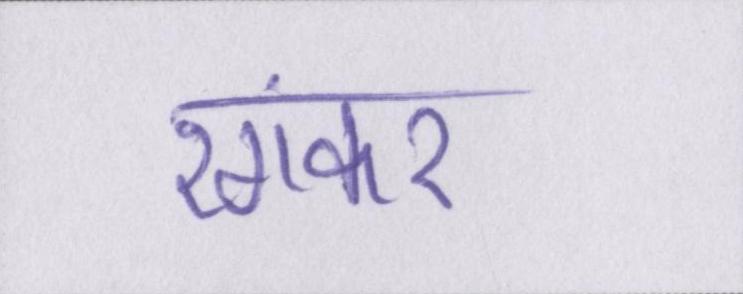
रंगकर